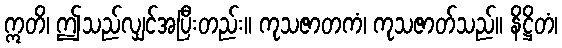
ဣတိ၊ ဤသည်လျှင်အပြီးတည်း။ ကုသဇာတကံ၊ ကုသဇာတ်သည်။ နိဋ္ဌိတံ၊